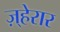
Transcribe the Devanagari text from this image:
ज़्हेरार